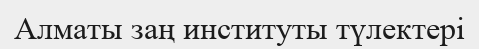
Алматы заң институты түлектері